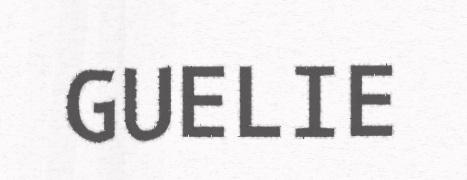
GUELIE